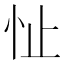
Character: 𪫣